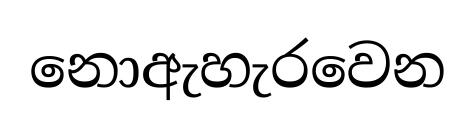
නොඇහැරවෙන